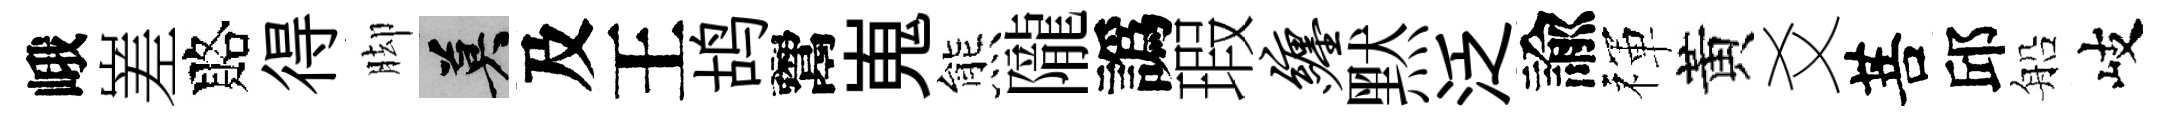
峨嵳賂得脚莫及王鸪鬻嵬熊隴譌瑕缠黙泛諭禈黃爻菩邱船岐